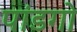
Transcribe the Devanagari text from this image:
पांडगो